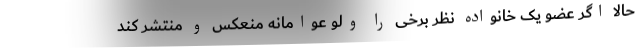
حالا اگر عضو یک خانواده نظر برخی را ولو عوامانه منعکس و منتشر کند